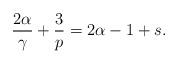
LaTeX: \begin{align*} \frac{2\alpha}{\gamma} + \frac{3}{p} = 2\alpha-1+s.\end{align*}